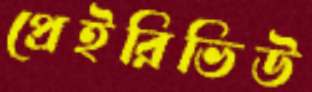
প্রেইরিভিউ